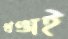
খণ্ডাই